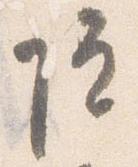
院